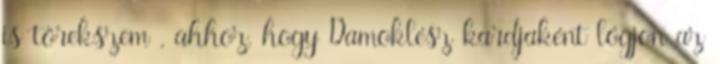
is törekszem , ahhoz, hogy Damoklész kardjaként lógjon az